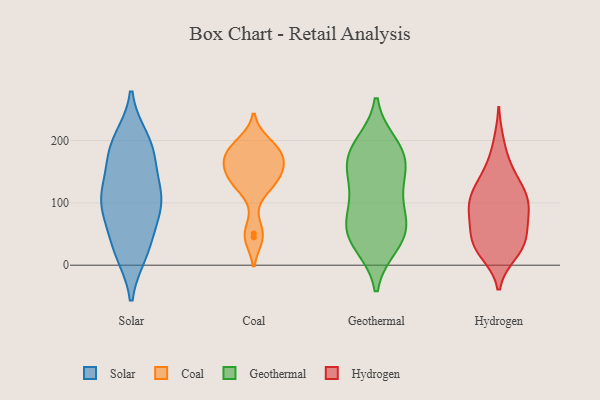
{"axis": {"x": "Website Visitors", "y": "Value"}, "legend": ["Coal", "Geothermal", "Hydrogen", "Solar"], "data": [{"x": "", "y": 22, "type": "Solar"}, {"x": "", "y": 200, "type": "Solar"}, {"x": "", "y": 124, "type": "Solar"}, {"x": "", "y": 187, "type": "Solar"}, {"x": "", "y": 86, "type": "Solar"}, {"x": "", "y": 34, "type": "Solar"}, {"x": "", "y": 26, "type": "Solar"}, {"x": "", "y": 180, "type": "Solar"}, {"x": "", "y": 94, "type": "Solar"}, {"x": "", "y": 102, "type": "Solar"}, {"x": "", "y": 121, "type": "Solar"}, {"x": "", "y": 182, "type": "Solar"}, {"x": "", "y": 100, "type": "Solar"}, {"x": "", "y": 45, "type": "Coal"}, {"x": "", "y": 165, "type": "Coal"}, {"x": "", "y": 51, "type": "Coal"}, {"x": "", "y": 122, "type": "Coal"}, {"x": "", "y": 140, "type": "Coal"}, {"x": "", "y": 173, "type": "Coal"}, {"x": "", "y": 144, "type": "Coal"}, {"x": "", "y": 182, "type": "Coal"}, {"x": "", "y": 189, "type": "Coal"}, {"x": "", "y": 135, "type": "Coal"}, {"x": "", "y": 164, "type": "Coal"}, {"x": "", "y": 196, "type": "Coal"}, {"x": "", "y": 170, "type": "Geothermal"}, {"x": "", "y": 33, "type": "Geothermal"}, {"x": "", "y": 78, "type": "Geothermal"}, {"x": "", "y": 43, "type": "Geothermal"}, {"x": "", "y": 60, "type": "Geothermal"}, {"x": "", "y": 193, "type": "Geothermal"}, {"x": "", "y": 175, "type": "Geothermal"}, {"x": "", "y": 184, "type": "Geothermal"}, {"x": "", "y": 44, "type": "Geothermal"}, {"x": "", "y": 76, "type": "Geothermal"}, {"x": "", "y": 134, "type": "Geothermal"}, {"x": "", "y": 115, "type": "Geothermal"}, {"x": "", "y": 152, "type": "Geothermal"}, {"x": "", "y": 20, "type": "Hydrogen"}, {"x": "", "y": 148, "type": "Hydrogen"}, {"x": "", "y": 79, "type": "Hydrogen"}, {"x": "", "y": 34, "type": "Hydrogen"}, {"x": "", "y": 84, "type": "Hydrogen"}, {"x": "", "y": 107, "type": "Hydrogen"}, {"x": "", "y": 61, "type": "Hydrogen"}, {"x": "", "y": 123, "type": "Hydrogen"}, {"x": "", "y": 45, "type": "Hydrogen"}, {"x": "", "y": 105, "type": "Hydrogen"}, {"x": "", "y": 33, "type": "Hydrogen"}, {"x": "", "y": 99, "type": "Hydrogen"}, {"x": "", "y": 23, "type": "Hydrogen"}, {"x": "", "y": 88, "type": "Hydrogen"}, {"x": "", "y": 151, "type": "Hydrogen"}, {"x": "", "y": 117, "type": "Hydrogen"}, {"x": "", "y": 38, "type": "Hydrogen"}, {"x": "", "y": 195, "type": "Hydrogen"}]}